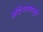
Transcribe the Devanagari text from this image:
संदिग्धपणामुळे